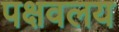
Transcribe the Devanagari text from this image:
पक्षवलय